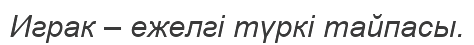
Играк – ежелгі түркі тайпасы.